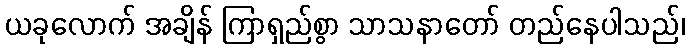
ယခုလောက် အချိန် ကြာရှည်စွာ သာသနာတော် တည်နေပါသည်၊